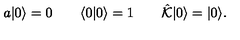
a | 0 \rangle = 0 \qquad \langle 0 | 0 \rangle = 1 \qquad \hat { \cal K } | 0 \rangle = | 0 \rangle .